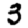
Digit: 3